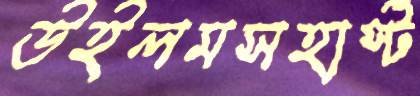
উইলমসহার্স্ট